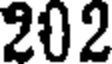
202